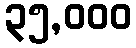
၃၅,၀၀၀